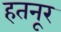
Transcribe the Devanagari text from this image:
हतनूर